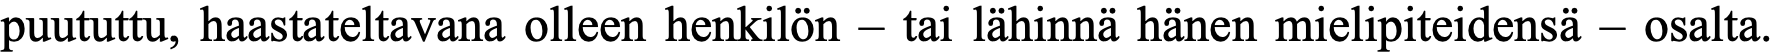
puututtu, haastateltavana olleen henkilön – tai lähinnä hänen mielipiteidensä – osalta.